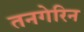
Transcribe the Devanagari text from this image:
तनगेरिन